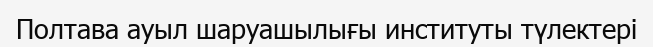
Полтава ауыл шаруашылығы институты түлектері